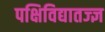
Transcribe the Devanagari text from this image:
पक्षिविद्यातज्‍ज्ञ